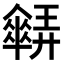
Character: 𠑋